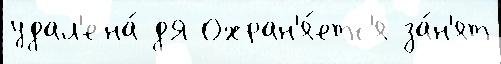
удал'ена́ дЯ Охран'я́етс'я за́н'ят